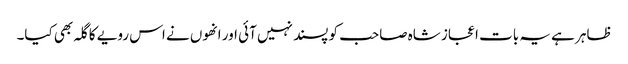
ظاہر ہے یہ بات اعجاز شاہ صاحب کو پسند نہیں آئی اور انھوں نے اس رویے کا گلہ بھی کیا۔